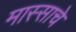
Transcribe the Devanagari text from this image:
मास्साचे